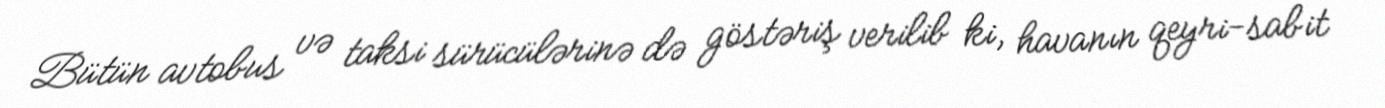
Bütün avtobus və taksi sürücülərinə də göstəriş verilib ki, havanın qeyri-sabit